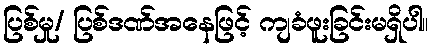
ပြစ်မှု/ ပြစ်ဒဏ်အနေဖြင့် ကျခံဖူးခြင်းမရှိပါ။